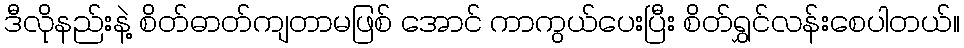
ဒီလိုနည်းနဲ့ စိတ်ဓာတ်ကျတာမဖြစ် အောင် ကာကွယ်ပေးပြီး စိတ်ရွှင်လန်းစေပါတယ်။